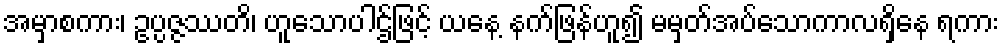
အမှာစကား၊ ဥပ္ပဇ္ဇဿတိ၊ ဟူသောပါဌ်ဖြင့် ယနေ့ နက်ဖြန်ဟူ၍ မမှတ်အပ်သောကာလရှိနေ ရကား